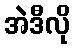
အဲဒီလို